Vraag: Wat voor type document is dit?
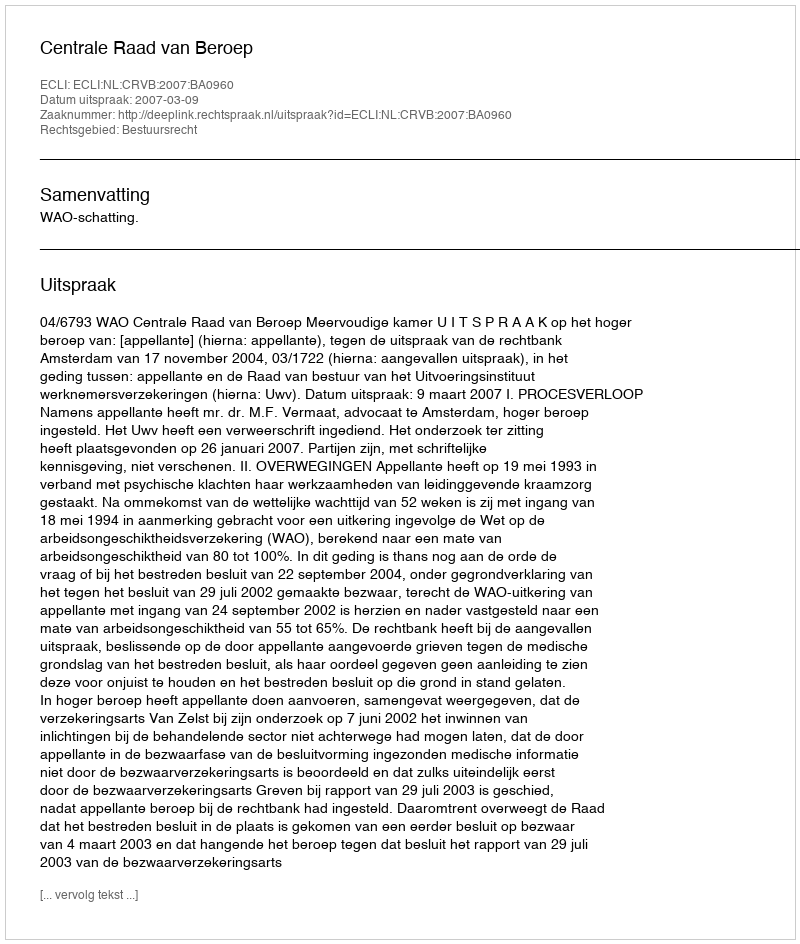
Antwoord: Uitspraak